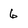
Character: 6